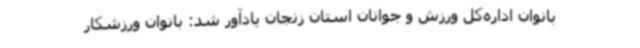
بانوان اداره‌کل ورزش و جوانان استان زنجان یادآور شد: بانوان ورزشکار